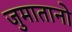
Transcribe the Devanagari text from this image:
जुमातानो